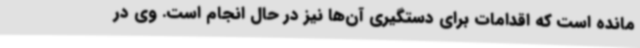
مانده است که اقدامات برای دستگیری آن‌ها نیز در حال انجام است. وی در